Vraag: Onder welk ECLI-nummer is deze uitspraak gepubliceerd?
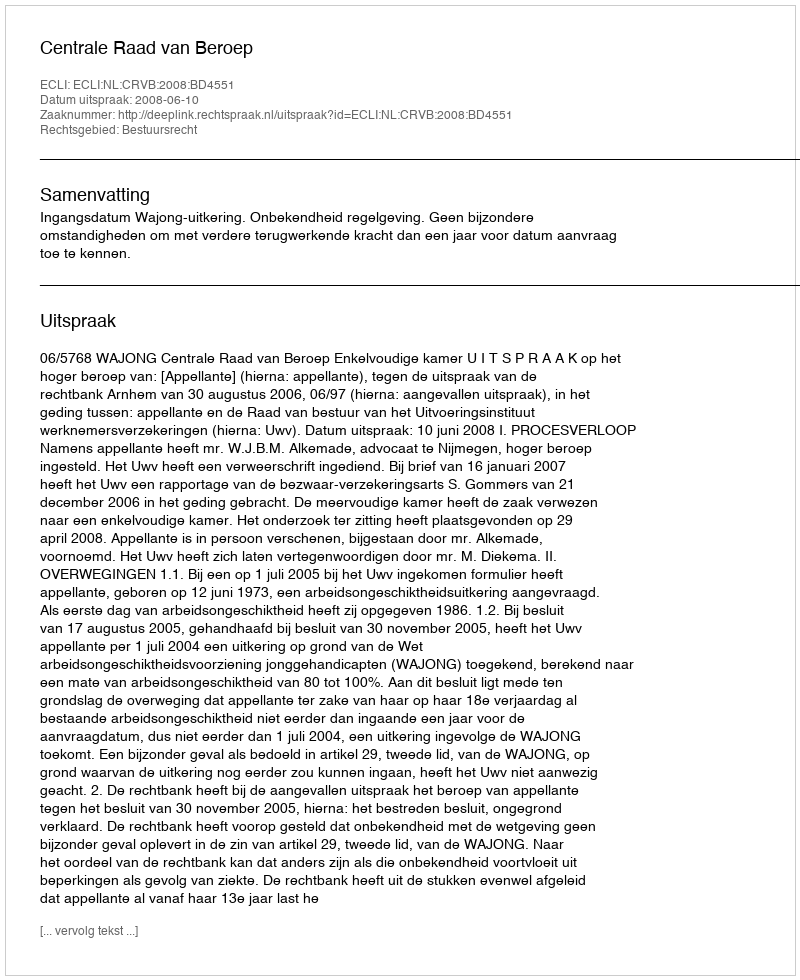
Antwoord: ECLI:NL:CRVB:2008:BD4551